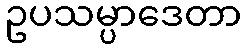
ဥပသမ္ပာဒေတာ